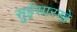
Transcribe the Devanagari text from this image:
सुईसारखे